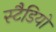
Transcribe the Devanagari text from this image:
स्टैडियो